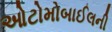
ઓટોમોબાઈલની